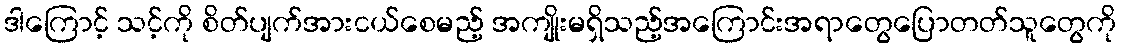
ဒါကြောင့် သင့်ကို စိတ်ပျက်အားငယ်စေမည့် အကျိုးမရှိသည့်အကြောင်းအရာတွေပြောတတ်သူတွေကို